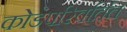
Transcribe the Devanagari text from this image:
कोडपरिवर्तित